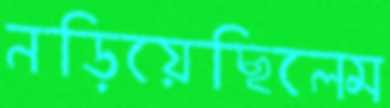
নড়িয়েছিলেম